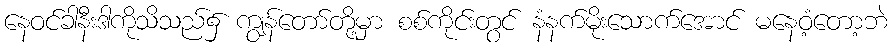
နေဝင်ခါနီးဒါကိုသိသည်၌ ကျွန်တော်တို့မှာ စစ်ကိုင်းတွင် နံနက်မိုးသောက်အောင် မနေဝံ့တော့ဘဲ